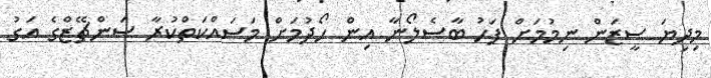
މިދިޔަ ސީޒަން ނިމުމަށް ފަހު ބާސެލޯނާ އިން ހޯދުމަށް މަސައްކަތްކުރާ ސަންޗޭޒްގެ އަގު